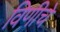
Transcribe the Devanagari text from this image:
विणीचे